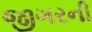
જીગરની